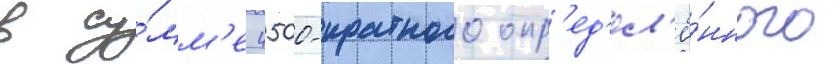
в су́мм'е 4500-кратного опр'ед'ел'ё́нного